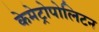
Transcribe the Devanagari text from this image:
केमेट्रोपोलिटन